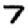
Digit: 7